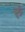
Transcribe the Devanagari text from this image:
रुं